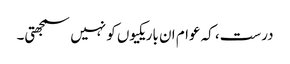
درست، کہ عوام ان باریکیوں کو نہیں سمجھتی۔